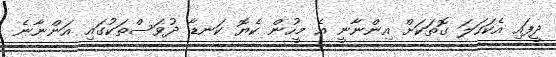
ދީފައި އެކަހަލަ ގޮތަކަށް އިންނާނީ އެ މީހުން ކެޔޮ ކަނޑާ ދުވަސްތަކުގައި އަންނާނެ